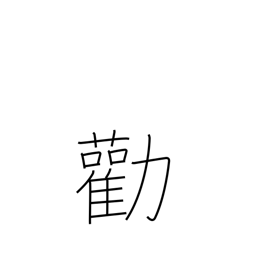
Meaning: advise